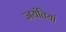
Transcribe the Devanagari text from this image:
जयंतियां